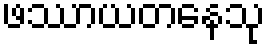
ဖဿာယတနေသု